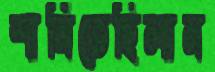
শানিতেছিলাম